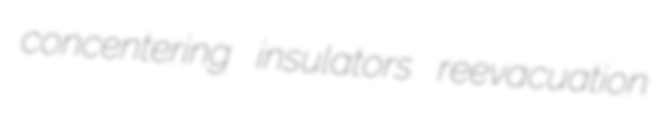
concentering insulators reevacuation